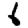
Digit: 6